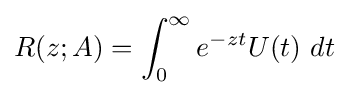
R(z;A)=\int _{0}^{\infty }e^{-zt}U(t)~dt